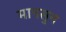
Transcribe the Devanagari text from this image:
मानसुन